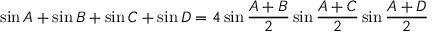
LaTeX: \sin { A } + \sin { B } + \sin { C } + \sin { D } = 4 \sin { \frac { A + B } { 2 } } \sin { \frac { A + C } { 2 } } \sin { \frac { A + D } { 2 } }